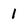
Character: 1